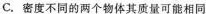
C.密度不同的两个物体其质量可能相同